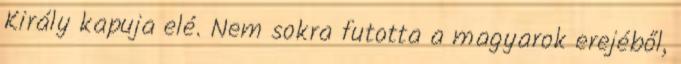
Király kapuja elé. Nem sokra futotta a magyarok erejéből,